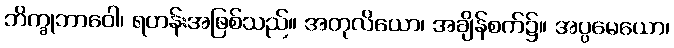
ဘိက္ခုဘာဝေါ၊ ရဟန်းအဖြစ်သည်။ အတုလိယော၊ အချိန်စက်၌။ အပ္ပမေယော၊